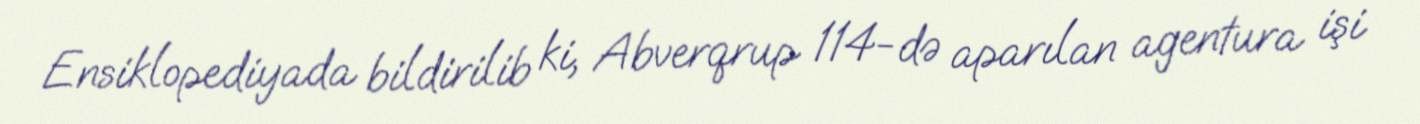
Ensiklopediyada bildirilib ki, Abverqrup 114-də aparılan agentura işi